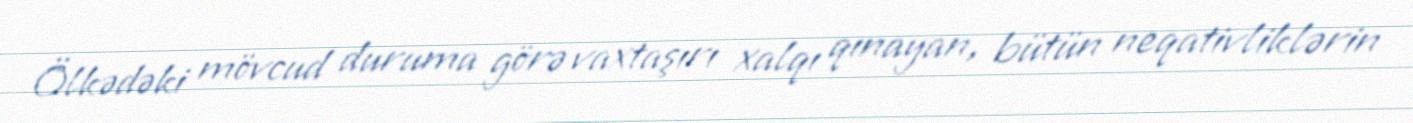
Ölkədəki mövcud duruma görə vaxtaşırı xalqı qınayan, bütün neqativliklərin